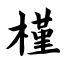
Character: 槿